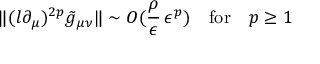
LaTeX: \| ( l \partial _ { \mu } ) ^ { 2 p } \tilde { g } _ { \mu \nu } \| \sim O ( \frac { \rho } { \epsilon } \, \epsilon ^ { p } ) \quad \mathrm { f o r } \quad p \ge 1